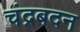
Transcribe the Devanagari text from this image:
चंद्रबदन